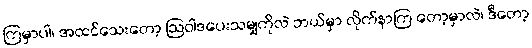
ကြမှာပါ၊ အထင်သေးတော့ ဩဝါဒပေးသမျှကိုလဲ ဘယ်မှာ လိုက်နာကြ တော့မှာလဲ၊ ဒီတော့